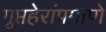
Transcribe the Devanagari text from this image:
गुप्तहेरांप्रमाणे